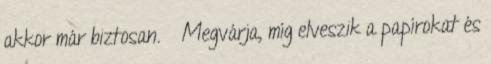
akkor már biztosan. Megvárja, míg elveszik a papírokat és